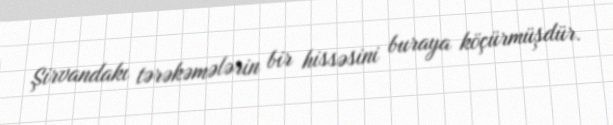
Şirvandakı tərəkəmələrin bir hissəsini buraya köçürmüşdür.